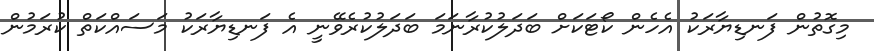
މިގޮތުން ފަނޑިޔާރަކު އެހެން ކޯޓަކަށް ބަދަލުކުރާނަމަ ބަދަލުކުރެވޭނީ އެ ފަނޑިޔާރަކު މަސައްކަތް ކުރަމުން